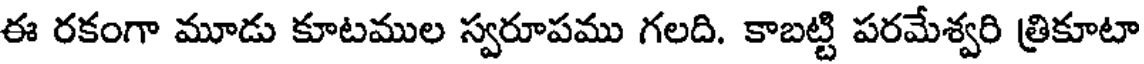
ఈ రకంగా మూడు కూటముల స్వరూపము గలది. కాబట్టి పరమేశ్వరి త్రికూటా